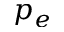
p _ { e }